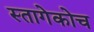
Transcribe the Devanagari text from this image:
स्तागेकोच